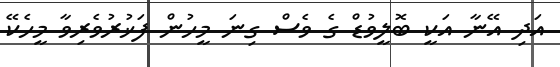
އަދި އޭނާ އަކީ ބޮލީވުޑް ގެ ވެސް ގިނަ މީހުން ފަޚުރުވެރިވާ މީހެކޭ